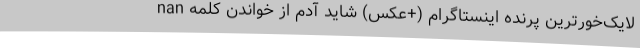
nan لایک‌خورترین پرنده اینستاگرام (+عکس) شاید آدم از خواندن کلمه